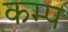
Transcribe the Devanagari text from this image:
कम्‍प